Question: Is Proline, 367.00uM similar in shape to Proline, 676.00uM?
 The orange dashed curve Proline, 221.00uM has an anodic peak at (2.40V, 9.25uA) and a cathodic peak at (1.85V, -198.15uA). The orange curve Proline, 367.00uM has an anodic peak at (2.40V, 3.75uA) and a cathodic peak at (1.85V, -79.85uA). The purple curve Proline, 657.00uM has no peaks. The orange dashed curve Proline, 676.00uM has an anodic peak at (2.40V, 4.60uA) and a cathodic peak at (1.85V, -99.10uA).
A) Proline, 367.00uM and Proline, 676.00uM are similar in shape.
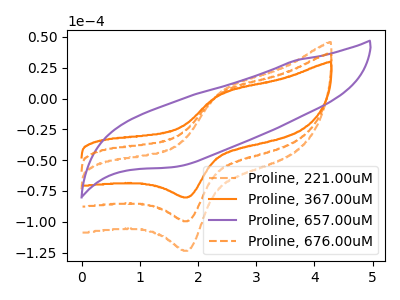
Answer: <think>All the peaks in "Proline, 367.00uM" have a peak in "Proline, 676.00uM" at the same potential. Every peak in "Proline, 367.00uM" is lower than every peak in "Proline, 676.00uM".
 </think>
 <answer>A) "Proline, 367.00uM" and "Proline, 676.00uM" are similar in shape.</answer>
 <eval>A</eval>